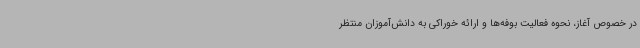
در خصوص آغاز، نحوه فعالیت بوفه‌ها و ارائه خوراکی به دانش‌آموزان منتظر